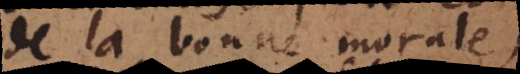
de la bonne morale)